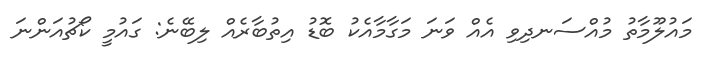
މައުލޫމާތު މުއްސަނދިވި އެއް ވަނަ މަގާމާއެކު ބޮޑު އިތުބާރެއް ލިބޭނެ: ގައުމީ ކޯޗުއަންނަ